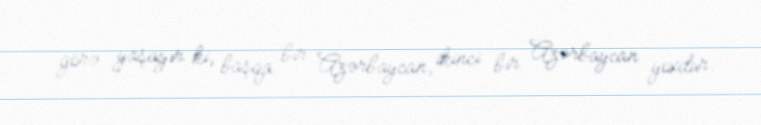
görə yaşayır ki, başqa bir Azərbaycan, ikinci bir Azərbaycan yoxdur.